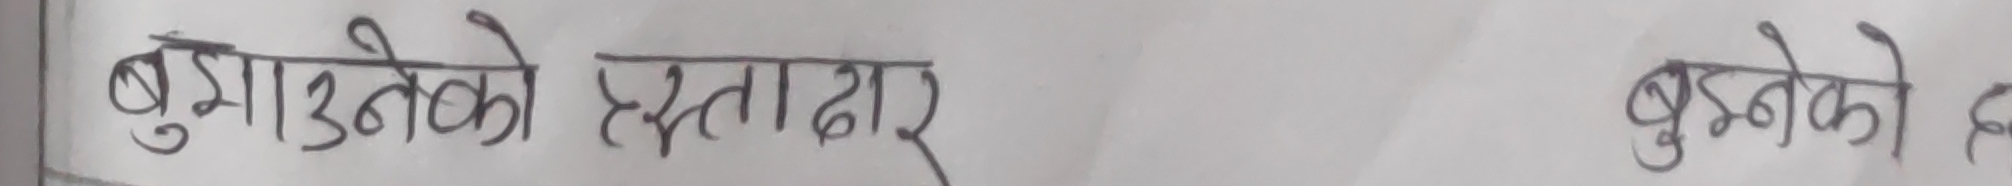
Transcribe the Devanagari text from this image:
बुझाउनेको हस्ताक्षर बुझ्नेको ह